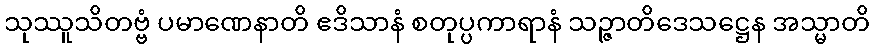
သုဿူသိတဗ္ဗံ ပမာဏေနာတိ ဧဒိသာနံ စတုပ္ပကာရာနံ သဉ္ဇာတိဒေသဋ္ဌေန အသ္မာတိ